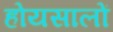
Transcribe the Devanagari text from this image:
होयसालों